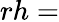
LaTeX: rh=